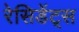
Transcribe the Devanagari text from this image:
रेसिडेंट्स